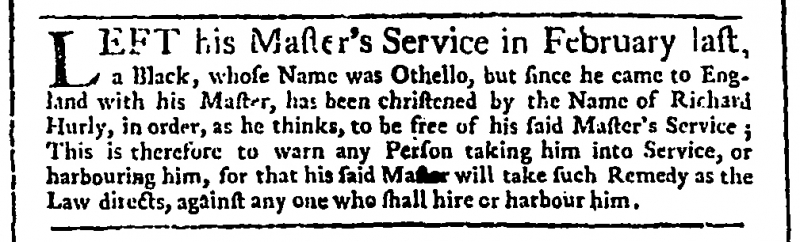
Whitehall Evening Post or London Intelligencer, 13 April 1749 (England)
LEFT his Master’s Service in February last, a Black, whose Name was Othello, but since he came to England with his Master, has been christened by the Name of Richard Hurly, in order, as he thinks, to be free of his said Master’s Service; This is therefore to warn any Person taking him into Service, or harbouring him, for that his said Master will take such Remedy as the Law directs, against any one who shall hire of harbour him.